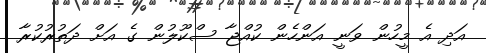
އަދި އެ މީހުން ވަނީ އަންހެން ކުއްޖާ ސްކޫލުން ގެ އަށް ދަތުރުކުރާ